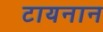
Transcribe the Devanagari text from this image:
टायनान